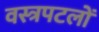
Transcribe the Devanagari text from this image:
वस्त्रपटलों